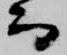
而